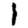
Digit: 1